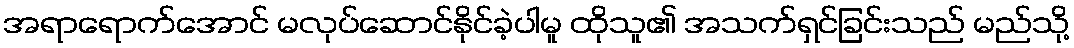
အရာရောက်အောင် မလုပ်ဆောင်နိုင်ခဲ့ပါမူ ထိုသူ၏ အသက်ရှင်ခြင်းသည် မည်သို့